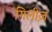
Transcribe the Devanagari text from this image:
गिलीज़